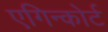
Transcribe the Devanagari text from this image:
एगिन्कोर्ट